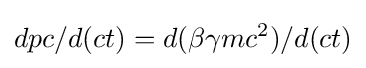
dpc/d(ct)=d(\beta \gamma mc^{2})/d(ct)